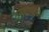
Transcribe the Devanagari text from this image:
बनवाएगा।